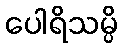
ပေါရိသမ္ပိ